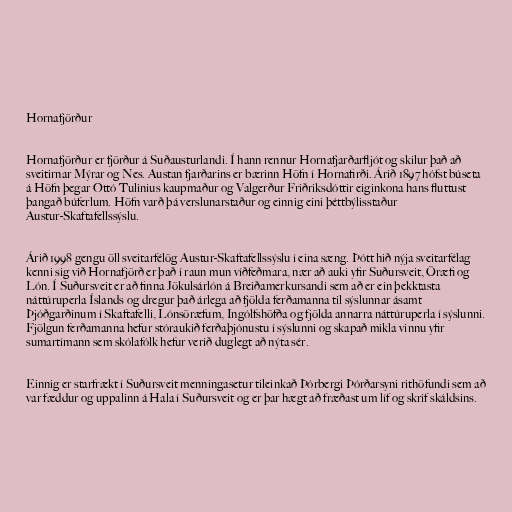
Hornafjörður

Hornafjörður er fjörður á Suðausturlandi. Í hann rennur Hornafjarðarfljót og skilur það að
sveitirnar Mýrar og Nes. Austan fjarðarins er bærinn Höfn í Hornafirði. Árið 1897 hófst búseta
á Höfn þegar Ottó Tulinius kaupmaður og Valgerður Friðriksdóttir eiginkona hans fluttust
þangað búferlum. Höfn varð þá verslunarstaður og einnig eini þéttbýlisstaður
Austur-Skaftafellssýslu.

Árið 1998 gengu öll sveitarfélög Austur-Skaftafellssýslu í eina sæng. Þótt hið nýja sveitarfélag
kenni sig við Hornafjörð er það í raun mun víðfeðmara, nær að auki yfir Suðursveit, Öræfi og
Lón. Í Suðursveit er að finna Jökulsárlón á Breiðamerkursandi sem að er ein þekktasta
náttúruperla Íslands og dregur það árlega að fjölda ferðamanna til sýslunnar ásamt
Þjóðgarðinum í Skaftafelli, Lónsöræfum, Ingólfshöfða og fjölda annarra náttúruperla í sýslunni.
Fjölgun ferðamanna hefur stóraukið ferðaþjónustu í sýslunni og skapað mikla vinnu yfir
sumartímann sem skólafólk hefur verið duglegt að nýta sér.

Einnig er starfrækt í Suðursveit menningasetur tileinkað Þórbergi Þórðarsyni rithöfundi sem að
var fæddur og uppalinn á Hala í Suðursveit og er þar hægt að fræðast um líf og skrif skáldsins.